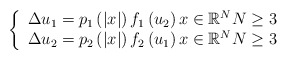
\begin{align*}\left\{ \begin{array}{l}\Delta u_{1}=p_{1}\left( \left\vert x\right\vert \right) f_{1}\left(u_{2}\right) x\in \mathbb{R}^{N}N\geq 3 \\ \Delta u_{2}=p_{2}\left( \left\vert x\right\vert \right) f_{2}\left(u_{1}\right) x\in \mathbb{R}^{N}N\geq 3\end{array}\right. \end{align*}